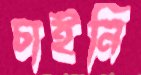
চাইনি